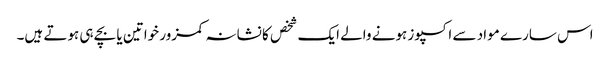
اس سارے مواد سے اکسپوز ہونے والے ایک شخص کا نشانہ کمزور خواتین یا بچے ہی ہوتے ہیں۔